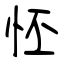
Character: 怌